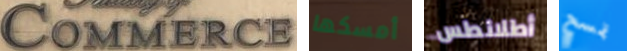
Commerce أمسكها أطلانطس تمسح